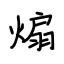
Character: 煽